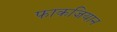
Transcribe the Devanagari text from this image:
फाकजियान